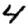
Digit: 4